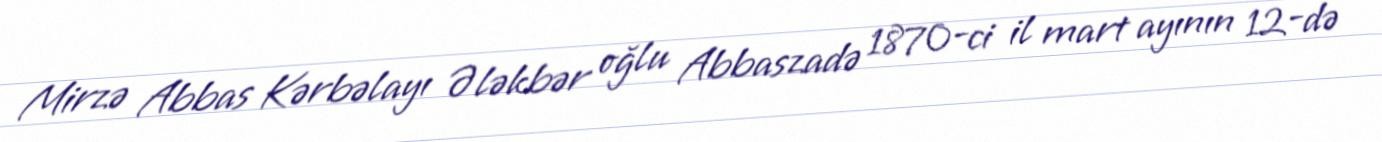
Mirzə Abbas Kərbəlayı Ələkbər oğlu Abbaszadə 1870-ci il mart ayının 12-də